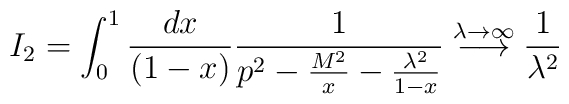
I_2 = \int_0^1 \frac{dx}{(1-x)} \frac{1}{p^2-\frac{M^2}{x}-\frac{\lambda^2}{1-x}}\stackrel{\lambda \rightarrow \infty}{\longrightarrow}\frac{1}{\lambda^2}